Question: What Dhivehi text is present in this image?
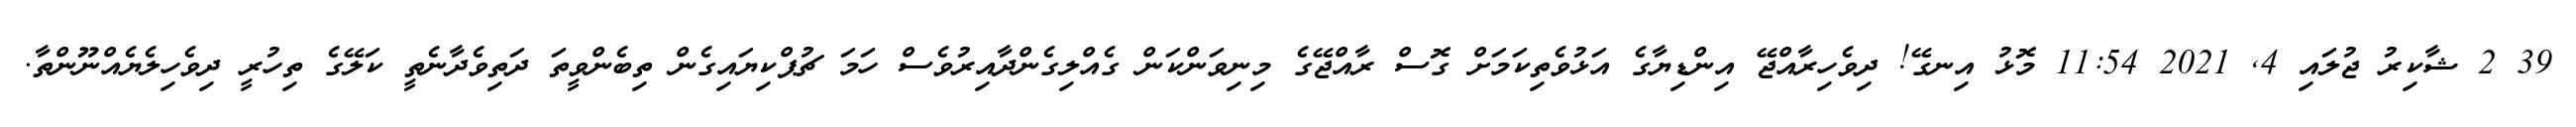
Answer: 39 2 ޝާކިރު ޖުލައި 4, 2021 11:54 މޮޅު އިނގޭ! ދިވެހިރާއްޖޭ އިންޑިޔާގެ އަޅުވެތިކަމަށް ގޮސް ރާއްޖޭގެ މިނިވަންކަން ގެއްލިގެންދާއިރުވެސް ހަމަ ޗުޕްކިޔައިގެން ތިބެންވީތަ ދަތިވެދާނެތީ ކަލޭގެ ތިހުރީ ދިވެހިލެޔެއްނޫންތާ.